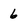
Character: 6